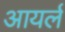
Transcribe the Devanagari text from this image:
आयर्ल